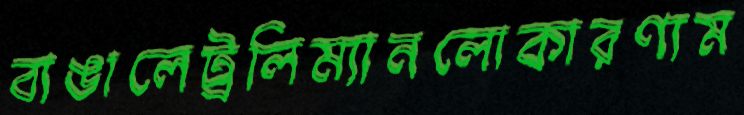
বাঙালেট্রলিম্যানলোকারণ্যম